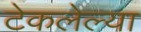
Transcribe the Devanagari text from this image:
टेकलेल्या